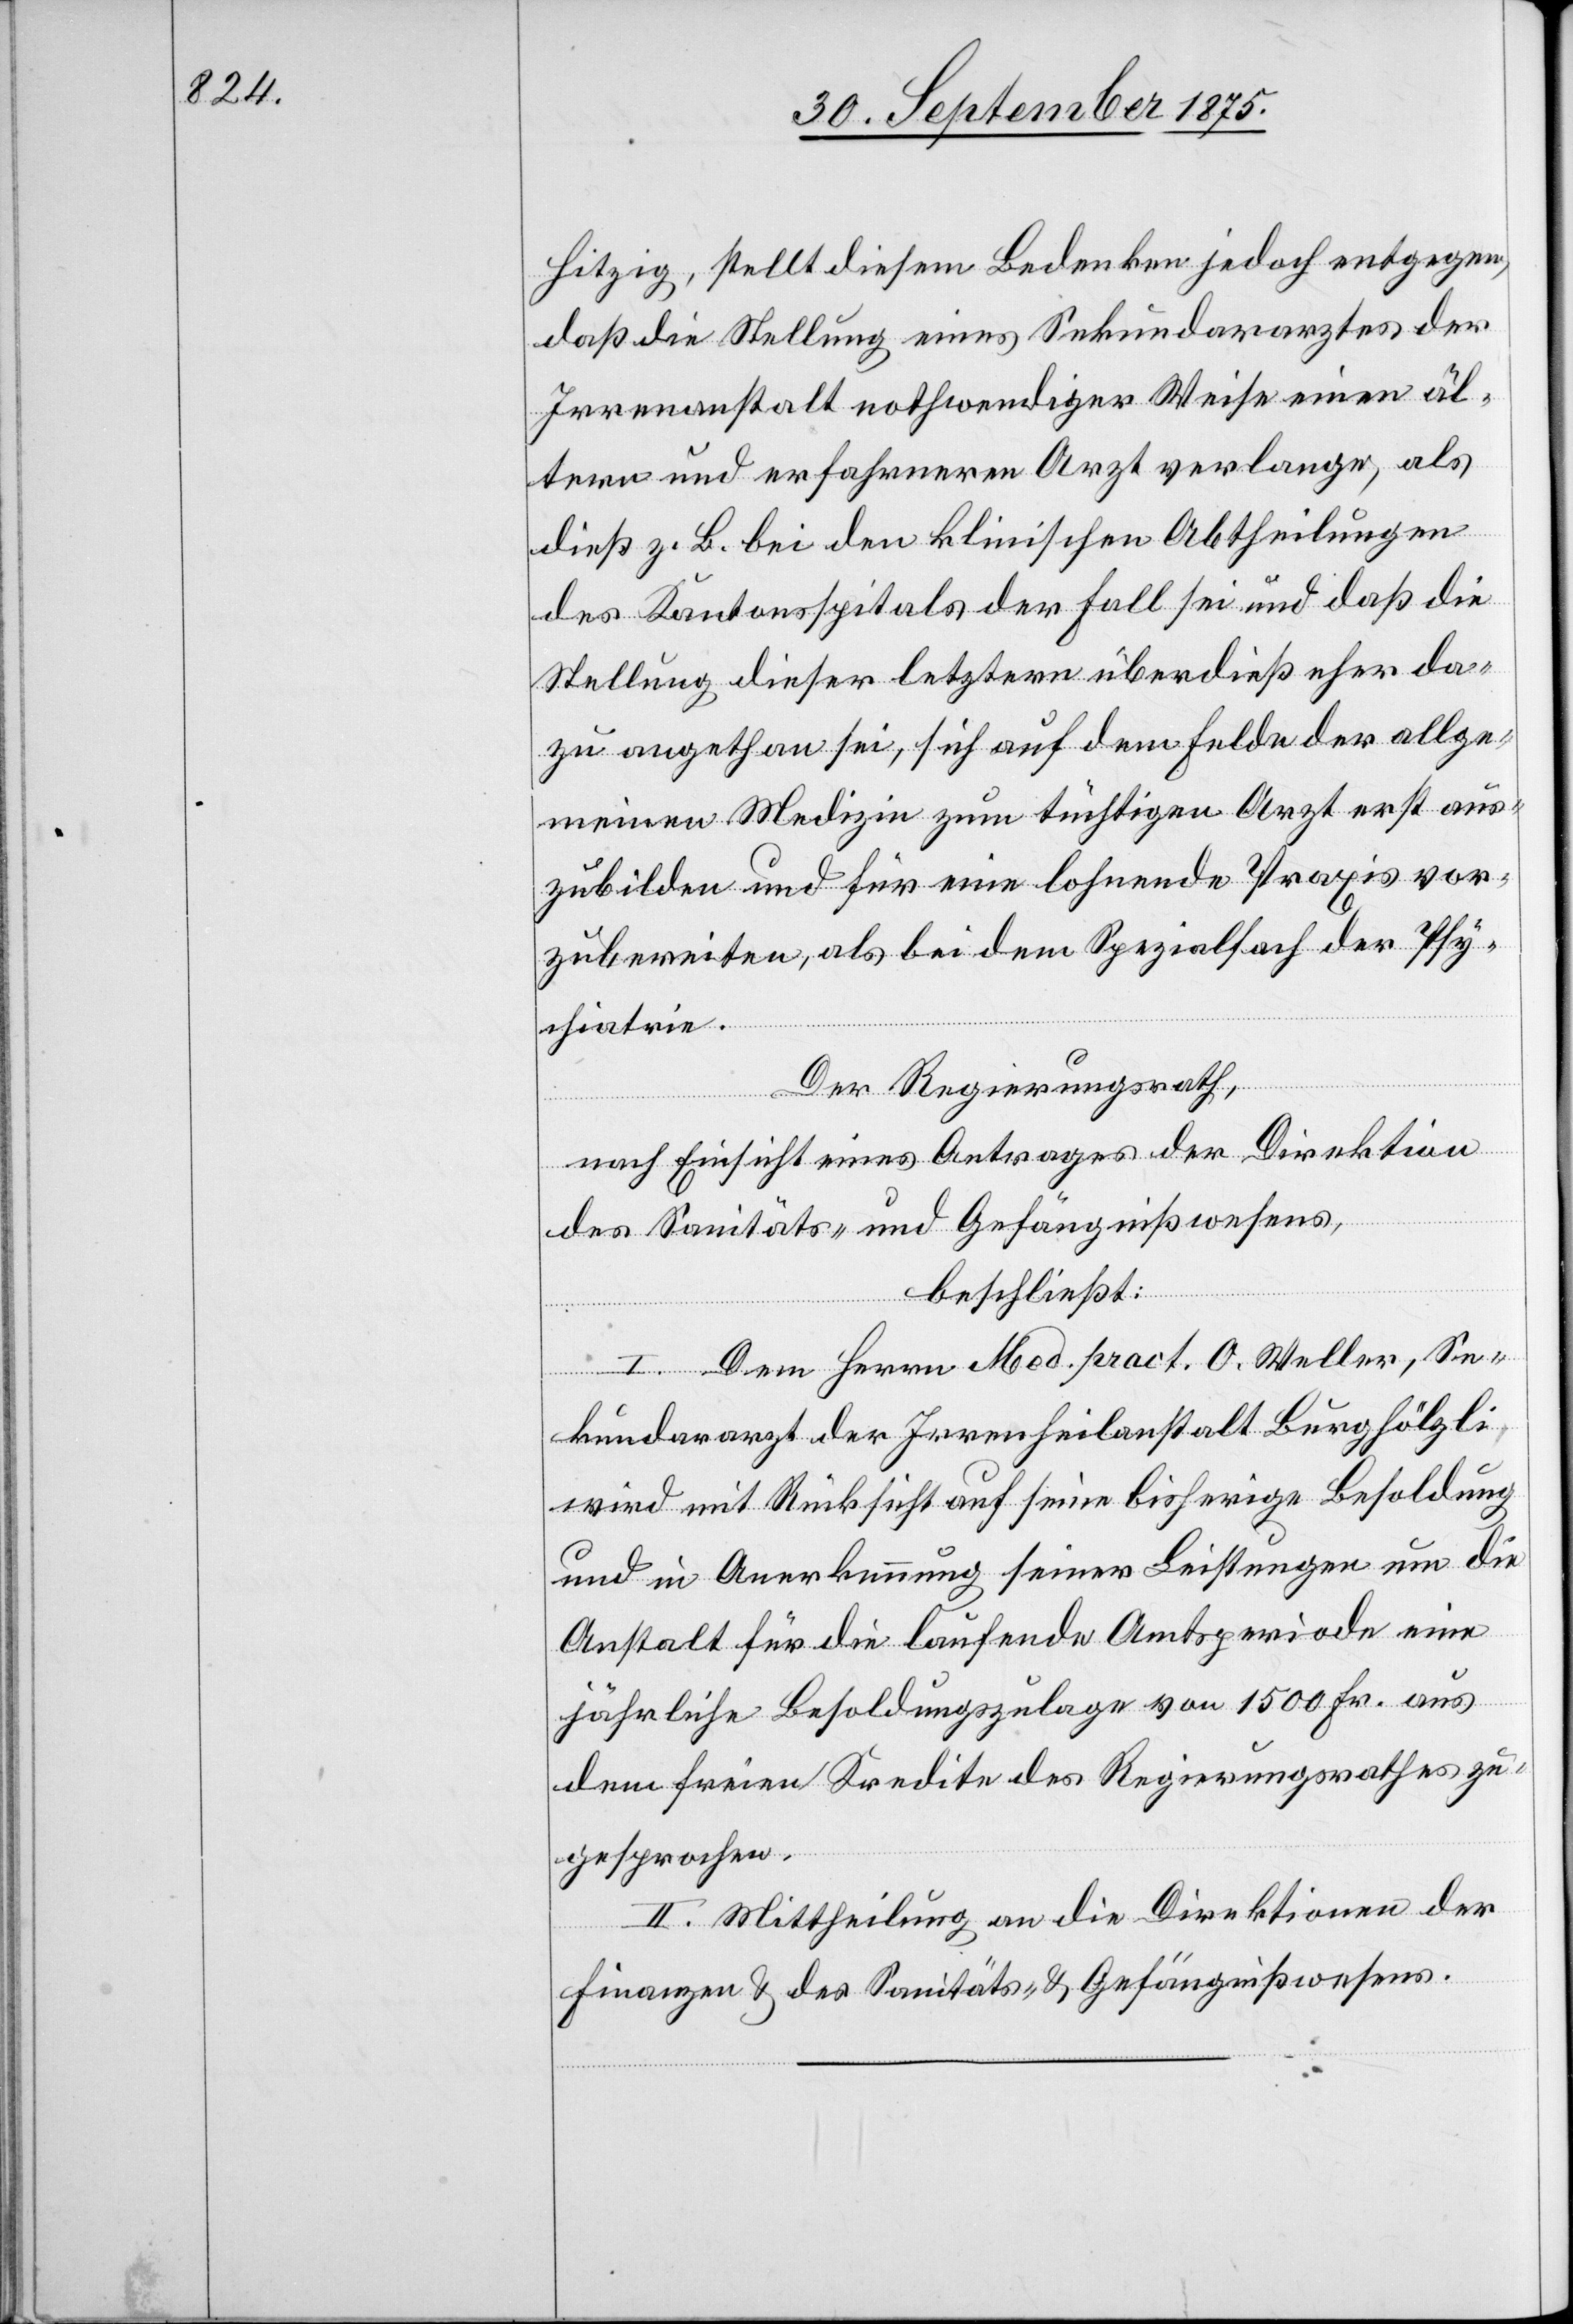
Hitzig, stellt diesem Bedenken jedoch entgegen,
daß die Stellung eines Sekundararztes der
Irrenanstalt nothwendiger Weise einen äl¬
tern und erfahrneren Arzt verlange, als
dieß z. B. bei den klinischen Abtheilungen
des Kantonsspitals der Fall sei und daß die
Stellung dieser letztern überdieß eher da¬
zu angethan sei, sich auf dem Felde der allge¬
meinen Medizin zum tüchtigen Arzt erst aus¬
zubilden und für eine lohnende Praxis vor¬
zubereiten, als bei dem Spezialfach der Psy¬
chiatrie.
Der Regierungsrath,
nach Einsicht eines Antrages der Direktion
des Sanitäts- und Gefängnißwesens,
beschließt:
I. Dem Herrn Med. pract. O. Weller, Se¬
kundararzt der Irrenheilanstalt Burghölzli
wird mit Rücksicht auf seine bisherige Besoldung
und in Anerkennung seiner Leistungen um die
Anstalt für die laufende Amtsperiode eine
jährliche Besoldungszulage von 1500 Fr. aus
dem freien Kredite des Regierungsrathes zu¬
gesprochen.
II. Mittheilung an die Direktionen der
Finanzen & des Sanitäts- & Gefängnißwesens.